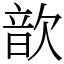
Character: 歆